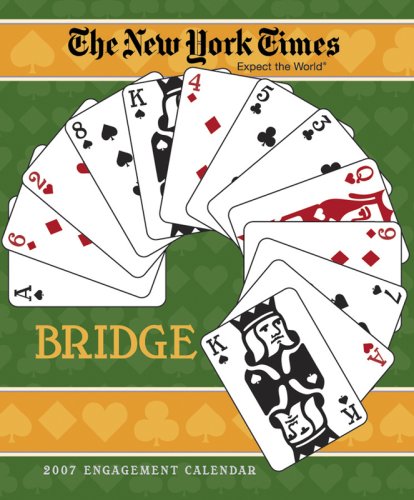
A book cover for The New York Times Bridge 2007 Calendar; Phillip Alder; Calendars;